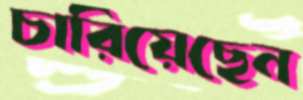
চারিয়েছেন